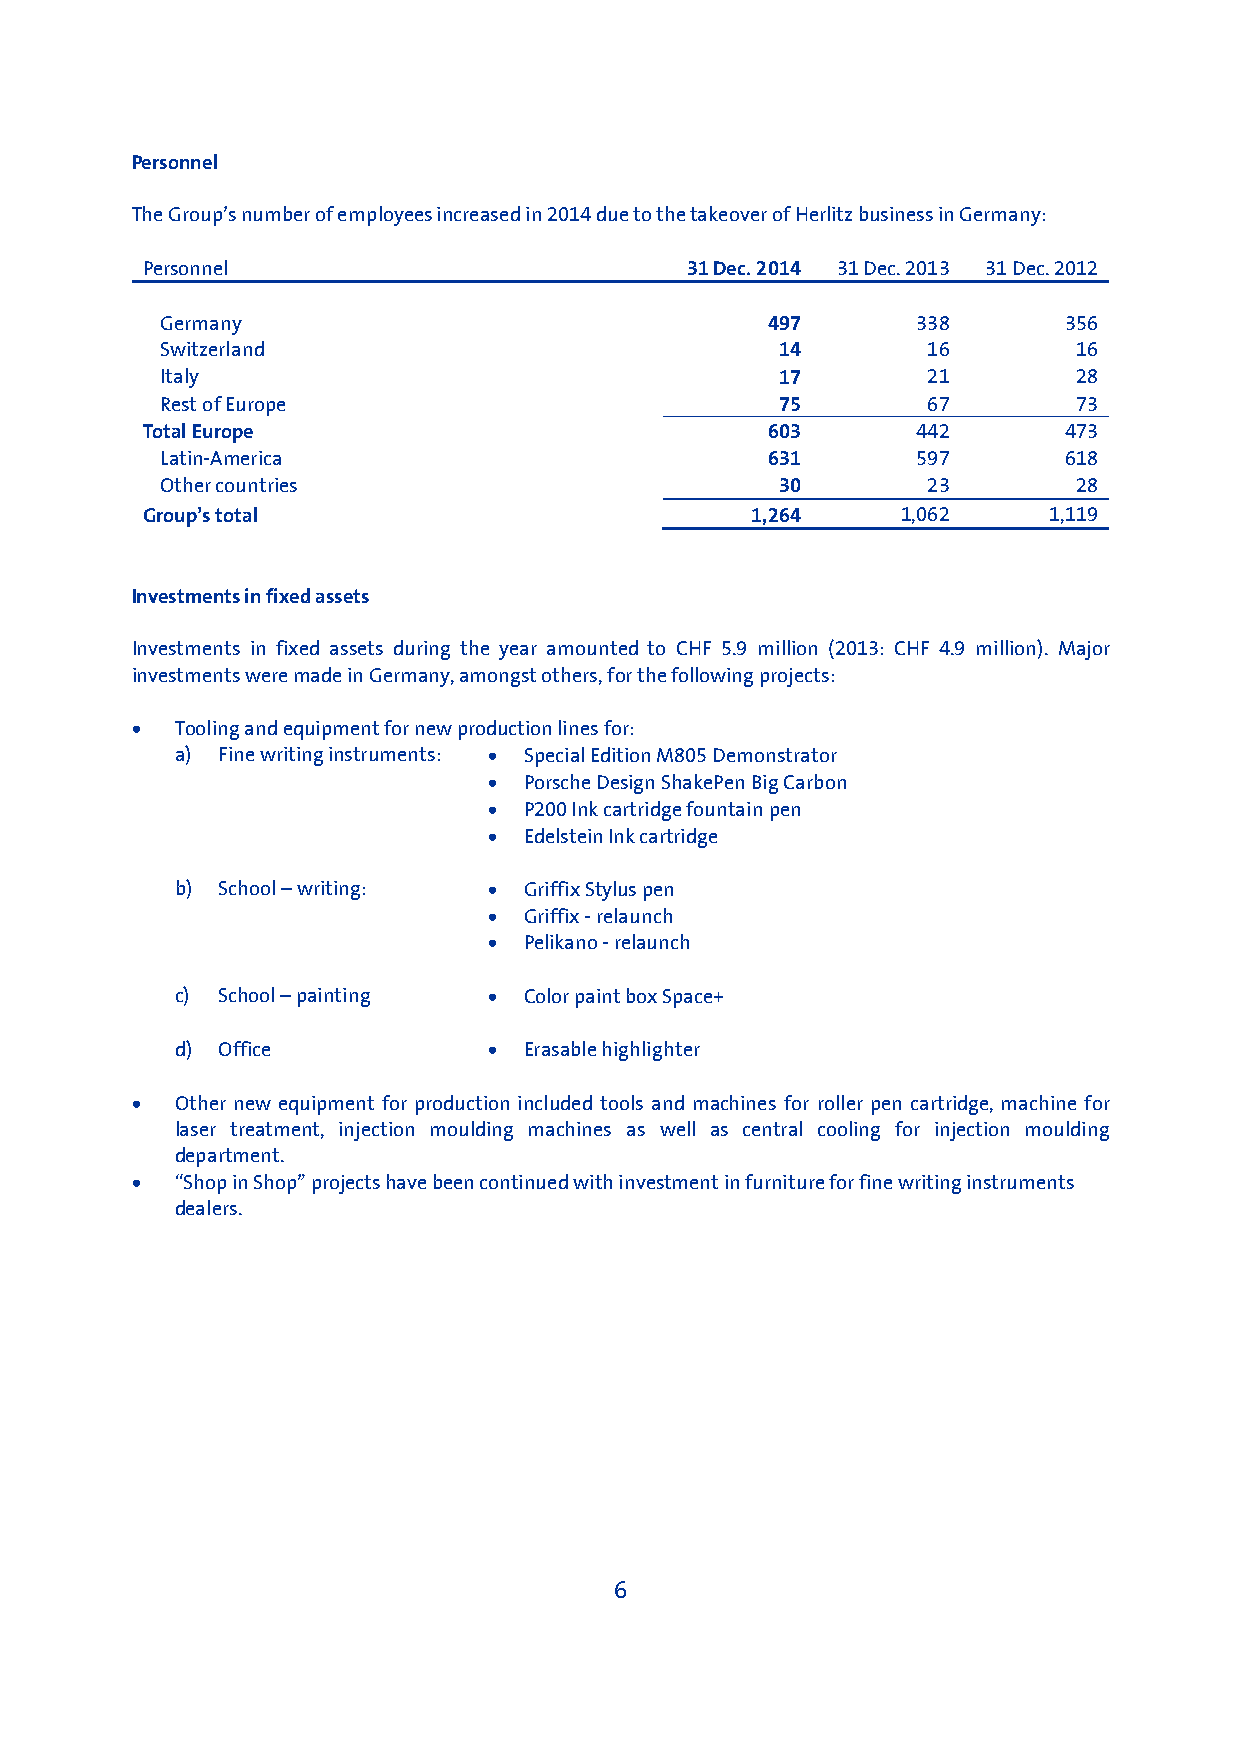
Personnel
 The Group’s number of employees increased in 2014 due to the takeover of Herlitz business in Germany:
 Personnel                            31 Dec. 2014 31 Dec. 2013 31 Dec. 2012
 Germany                                 497       338      356
 Switzerland                              14       16        16
 Italy                                    17       21        28
 Rest of Europe                           75       67        73
 Total Europe                              603       442      473
 Latin-America                           631       597      618
 Other countries                          30       23        28
 Group’s total                            1,264     1,062    1,119
 Investments in fixed assets
 Investments in fixed assets during the year amounted to CHF 5.9 million (2013: CHF 4.9 million). Major
 investments were made in Germany, amongst others, for the following projects:
 •  Tooling and equipment for new production lines for:
 a) Fine writing instruments: • Special Edition M805 Demonstrator
 •  Porsche Design ShakePen Big Carbon
 •  P200 Ink cartridge fountain pen
 •  Edelstein Ink cartridge
 b) School – writing: • Griffix Stylus pen
 •  Griffix - relaunch
 •  Pelikano - relaunch
 c) School – painting • Color paint box Space+
 d) Office           •  Erasable highlighter
 •  Other new equipment for production included tools and machines for roller pen cartridge, machine for
 laser treatment, injection moulding machines as well as central cooling for injection moulding
 department.
 •  “Shop in Shop” projects have been continued with investment in furniture for fine writing instruments
 dealers.
 6